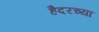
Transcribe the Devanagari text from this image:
हैदरच्या